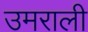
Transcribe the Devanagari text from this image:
उमराली